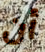
أن